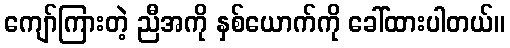
ကျော်ကြားတဲ့ ညီအကို နှစ်ယောက်ကို ခေါ်ထားပါတယ်။